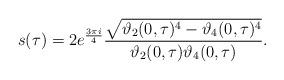
LaTeX: \begin{align*}s ( \tau ) = 2 e^{\frac{3 \pi i}{4}} \frac{\sqrt{\vartheta_2 (0 , \tau )^4 - \vartheta_4 (0 , \tau )^4} }{\vartheta_2 (0 , \tau )\vartheta_4 (0 , \tau )} .\end{align*}